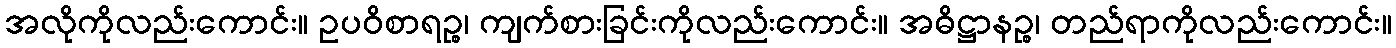
အလိုကိုလည်းကောင်း။ ဥပဝိစာရဉ္စ၊ ကျက်စားခြင်းကိုလည်းကောင်း။ အဓိဋ္ဌာနဉ္စ၊ တည်ရာကိုလည်းကောင်း။